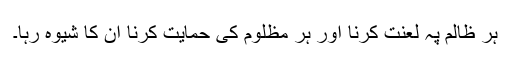
ہر ظالم پہ لعنت کرنا اور ہر مظلوم کی حمایت کرنا ان کا شیوہ رہا۔